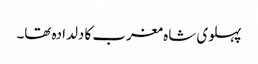
پہلوی شاہ مغرب کا دلدادہ تھا۔